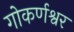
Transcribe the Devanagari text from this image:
गोकर्णश्वर